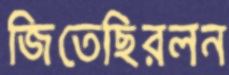
জিতেছিরলন